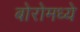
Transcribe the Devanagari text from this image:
बोरोमध्ये